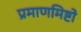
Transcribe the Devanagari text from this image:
प्रमाणमिष्टो